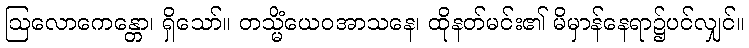
ဩလောကေန္တော၊ ရှိသော်။ တသ္မိံယေဝအာသနေ၊ ထိုနတ်မင်း၏ မိမှာန်နေရာ၌ပင်လျှင်။